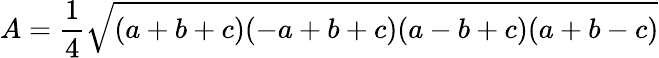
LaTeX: A={\frac{1}{4}}{\sqrt{(a+b+c)(-a+b+c)(a-b+c)(a+b-c)}}